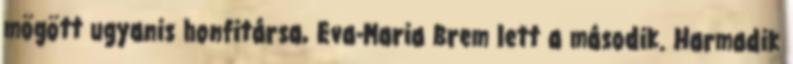
mögött ugyanis honfitársa, Eva-Maria Brem lett a második. Harmadik